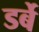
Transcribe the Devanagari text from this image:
डर्बे